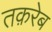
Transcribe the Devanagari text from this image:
तक़रेब